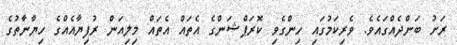
ރަށު ބަންދެއްގައެވެ. ވެރިކަމުގައި ހިންގެވި ކޮރަޕްޝަންގެ އެތައް އެތައް މިލިއަން ރުފިޔާއެއްގެ ހިޔާނާތުގެ